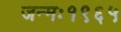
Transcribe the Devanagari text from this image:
जन्मः१९६५